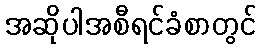
အဆိုပါအစီရင်ခံစာတွင်